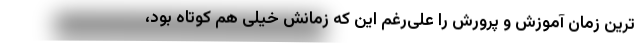
ترین زمان آموزش و پرورش را علی‌رغم این که زمانش خیلی هم کوتاه بود،